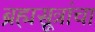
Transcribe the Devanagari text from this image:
ब्रह्मसूत्रांचा